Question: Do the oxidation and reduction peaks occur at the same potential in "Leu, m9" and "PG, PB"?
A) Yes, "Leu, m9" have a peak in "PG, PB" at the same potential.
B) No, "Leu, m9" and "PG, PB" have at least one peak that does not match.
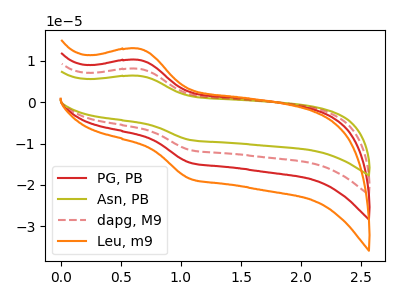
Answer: <think>The red curve "PG, PB" has an anodic peak at (0.65V, 10.25uA) and a cathodic peak at (1.10V, -14.65uA). The olive curve "Asn, PB" has an anodic peak at (0.65V, 30.75uA) and a cathodic peak at (1.10V, -44.00uA). The red dashed curve "dapg, M9" has an anodic peak at (0.65V, 20.50uA) and a cathodic peak at (1.10V, -29.35uA). The orange curve "Leu, m9" has an anodic peak at (0.65V, 12.95uA) and a cathodic peak at (1.10V, -18.55uA).</think>
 <answer>A) Yes, "Leu, m9" have a peak in "PG, PB" at the same potential.</answer>
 <eval>A</eval>